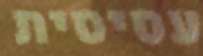
עסיסית